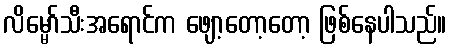
လိမ္မော်သီးအရောင်က ဖျော့တော့တော့ ဖြစ်နေပါသည်။